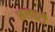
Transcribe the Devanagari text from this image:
सलवटी